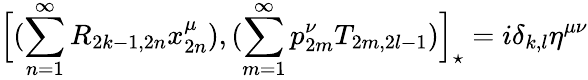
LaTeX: \Big[(\sum_{n=1}^{\infty}R_{2k-1,2n}x_{2n}^{\mu}),(\sum_{m=1}^{\infty}p_{2m}^{\nu}T_{2m,2l-1})\Big]_{\star}=i\delta_{k,l}\eta^{\mu\nu}